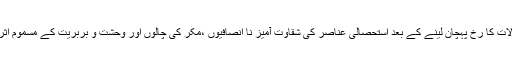
منصور در اصل حالات کا رخ پہچان لینے کے بعد استحصالی عناصر کی شقاوت آمیز نا انصافیوں ،مکر کی چالوں اور وحشت و بربریت کے مسموم اثرات کو جان لیتا ہے۔